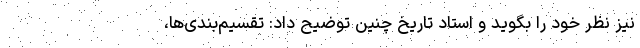
نیز نظر خود را بگوید و استاد تاریخ چنین توضیح داد: تقسیم‌بندی‌ها،